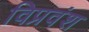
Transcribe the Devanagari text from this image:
विप्रवंश